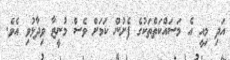
އަދި މިއީ އެ މަސައްކަތްތަކުގެ ފެށުން ކަމަށް ވެސް މުނީޒާ ވިދާޅުވި އެވެ.